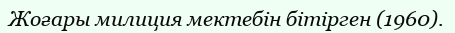
Жоғары милиция мектебін бітірген (1960).